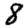
Digit: 8